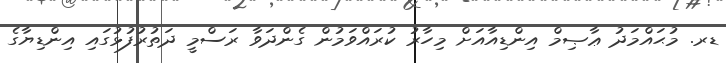
ޑރ. މުޙައްމަދު ޢާޞިމް އިންޑިއާއަށް މިހާރު ކުރައްވަމުން ގެންދަވާ ރަސްމީ ދަތުރުފުޅުގައި އިންޑިޔާގެ